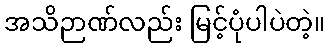
အသိဉာဏ်လည်း မြင့်ပုံပါပဲတဲ့။